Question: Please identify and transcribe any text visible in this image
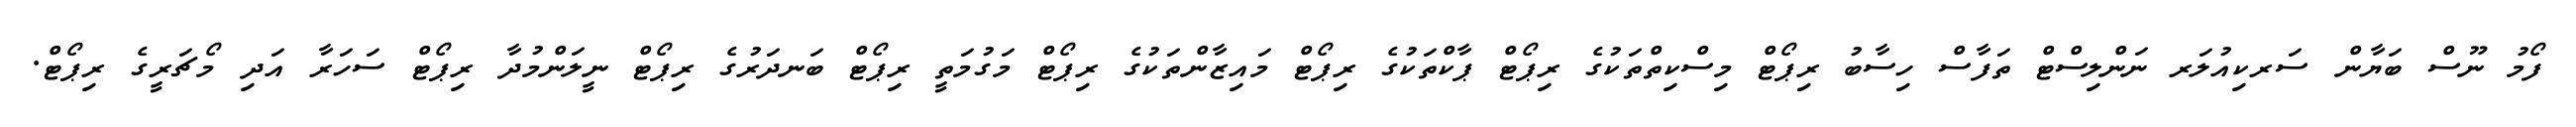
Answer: ފޯމު ނޫސް ބަޔާން ސަރކިއުލަރ ނަންލިސްޓް ތަފާސް ހިސާބު ރިޕޯޓް މިސްކިތްތަކުގެ ރިޕޯޓް ޕާކްތަކުގެ ރިޕޯޓް މައިޒާންތަކުގެ ރިޕޯޓް މަގުމަތީ ރިޕޯޓް ބަނދަރުގެ ރިޕޯޓް ނީލަންމުދާ ރިޕޯޓް ސަހަރާ އަދި މޯޗަރީގެ ރިޕޯޓް.